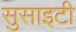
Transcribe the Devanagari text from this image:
सुसाइटी